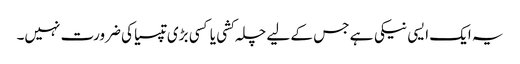
یہ ایک ایسی نیکی ہے جس کے لیے چلہ کشی یا کسی بڑی تپسیا کی ضرورت نہیں۔